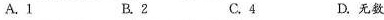
A.1 B.2 C.4 D.无数